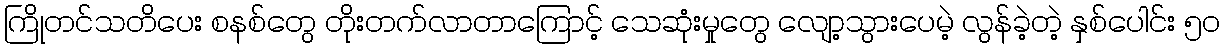
ကြိုတင်သတိပေး စနစ်တွေ တိုးတက်လာတာကြောင့် သေဆုံးမှုတွေ လျော့သွားပေမဲ့ လွန်ခဲ့တဲ့ နှစ်ပေါင်း ၅၀